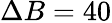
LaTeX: \Delta B=40